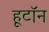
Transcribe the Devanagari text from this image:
हूटॉन